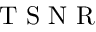
\mathrm { ~ T ~ S ~ N ~ R ~ }